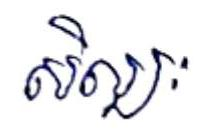
សិល្បៈ